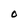
Character: O